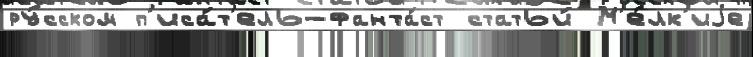
ру́сском п'иса́т'ель-фанта́ст статьи́ М'е́лк'иjе